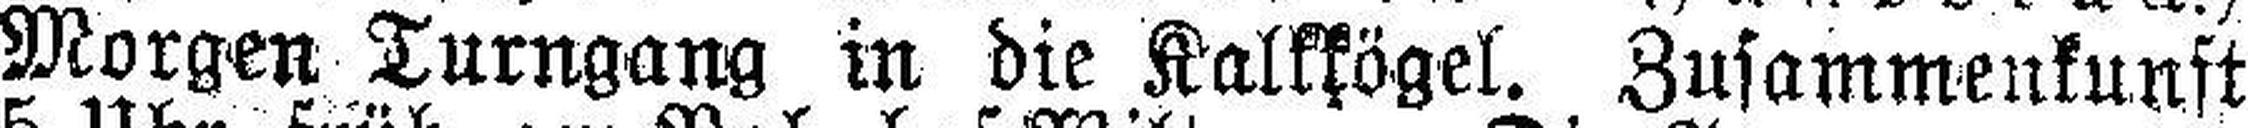
Morgen Turngang in die Kalkkögel. Zusammenkunft